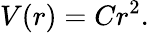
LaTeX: V(r)=Cr^{2}.\,